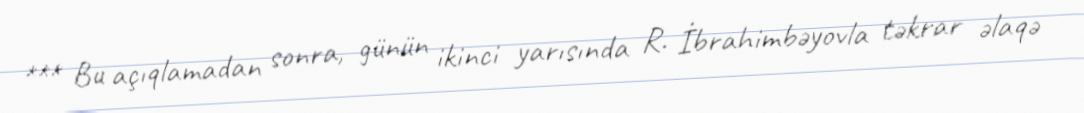
*** Bu açıqlamadan sonra, günün ikinci yarısında R. İbrahimbəyovla təkrar əlaqə